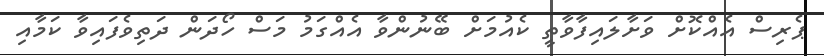
ޕެރިސް އެއްކޮށް ވަށާލައިފާވާތީ ކެއުމަށް ބޭނުންވާ އެއްގަމު މަސް ހޯދަން ދަތިވެފައިވާ ކަމާއި